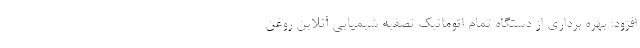
افزود: بهره برداری از دستگاه تمام اتوماتیک تصفیه شیمیایی آنلاین روغن